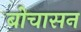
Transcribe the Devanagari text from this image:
बोचासन